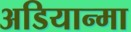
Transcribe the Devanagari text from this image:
अडियान्मा